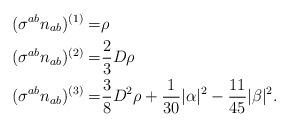
LaTeX: \begin{align*}(\sigma^{ab} n_{ab})^{(1)}=&\rho \\(\sigma^{ab} n_{ab})^{(2)}=&\frac{2}{3}D\rho\\(\sigma^{ab} n_{ab})^{(3)}=& \frac{3}{8}D^2\rho+\frac{1}{30}|\alpha|^2- \frac{11}{45}|\beta|^2 .\end{align*}